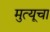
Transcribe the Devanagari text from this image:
मुत्यूचा